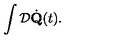
\int { \cal D } \dot { \bf Q } ( t ) .